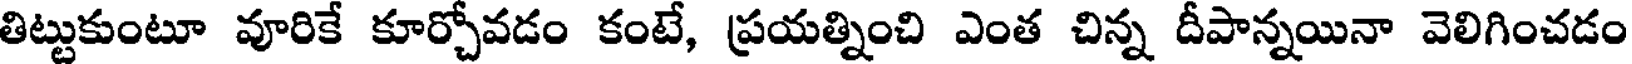
తిట్టుకుంటూ వూరికే కూర్చోవడం కంటే, ప్రయత్నించి ఎంత చిన్న దీపాన్నయినా వెలిగించడం